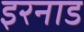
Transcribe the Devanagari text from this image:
इरनाड